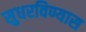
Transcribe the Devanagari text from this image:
सुधरविण्यास